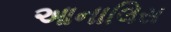
આનાલિસ